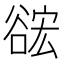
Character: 𮙎